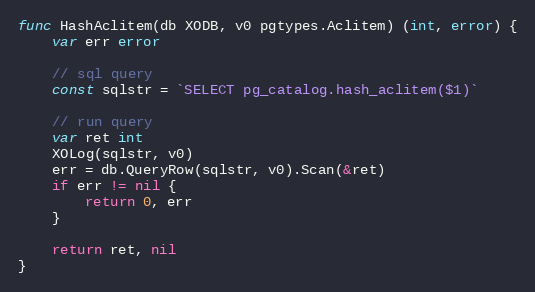
Language: Go
func HashAclitem(db XODB, v0 pgtypes.Aclitem) (int, error) {
	var err error

	// sql query
	const sqlstr = `SELECT pg_catalog.hash_aclitem($1)`

	// run query
	var ret int
	XOLog(sqlstr, v0)
	err = db.QueryRow(sqlstr, v0).Scan(&ret)
	if err != nil {
		return 0, err
	}

	return ret, nil
}